Tezpur Lunatic Asylum reports 1895-1904 - 1895-1904
Year: 1895
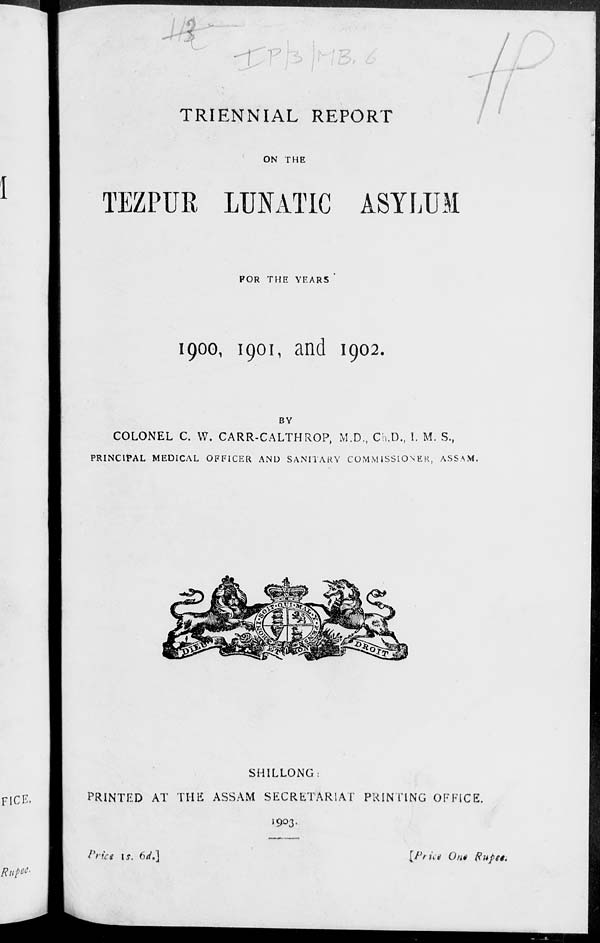
. . I 1
TRIENNIAL REPORT
ON THE
TEZPUR LUNATIC ASYLUM
FOR THE YEARS
1900, 1901, and 1902.
BY
COLONEL C. W. CARR-CALTHROP, M.D., Ch.D., I. M. S.,
PRINCIPAL MEDICAL OFFICER AND SANITARY COMM ISSIONEK, ASSAM.
SHILLONG:
PRINTED AT THE ASSAM SECRETARIAT PRINTING OFFICE.
1903.
Prtci is. 6d\]
\Pric% On* Rupee.